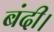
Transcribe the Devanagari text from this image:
बंदी।